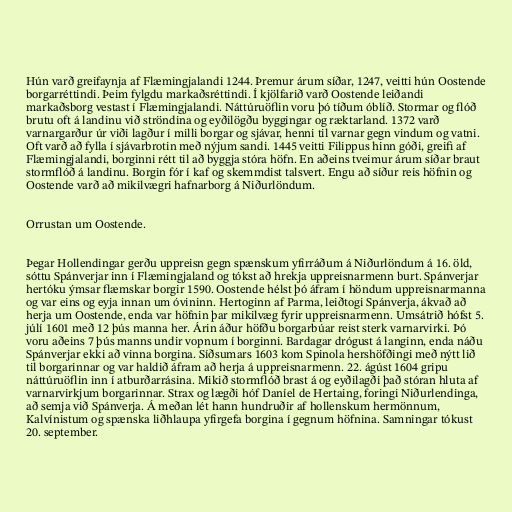
Hún varð greifaynja af Flæmingjalandi 1244. Þremur árum síðar, 1247, veitti hún Oostende
borgarréttindi. Þeim fylgdu markaðsréttindi. Í kjölfarið varð Oostende leiðandi
markaðsborg vestast í Flæmingjalandi. Náttúruöflin voru þó tíðum óblíð. Stormar og flóð
brutu oft á landinu við ströndina og eyðilögðu byggingar og ræktarland. 1372 varð
varnargarður úr viði lagður í milli borgar og sjávar, henni til varnar gegn vindum og vatni.
Oft varð að fylla í sjávarbrotin með nýjum sandi. 1445 veitti Filippus hinn góði, greifi af
Flæmingjalandi, borginni rétt til að byggja stóra höfn. En aðeins tveimur árum síðar braut
stormflóð á landinu. Borgin fór í kaf og skemmdist talsvert. Engu að síður reis höfnin og
Oostende varð að mikilvægri hafnarborg á Niðurlöndum.

Orrustan um Oostende.

Þegar Hollendingar gerðu uppreisn gegn spænskum yfirráðum á Niðurlöndum á 16. öld,
sóttu Spánverjar inn í Flæmingjaland og tókst að hrekja uppreisnarmenn burt. Spánverjar
hertóku ýmsar flæmskar borgir 1590. Oostende hélst þó áfram í höndum uppreisnarmanna
og var eins og eyja innan um óvininn. Hertoginn af Parma, leiðtogi Spánverja, ákvað að
herja um Oostende, enda var höfnin þar mikilvæg fyrir uppreisnarmenn. Umsátrið hófst 5.
júlí 1601 með 12 þús manna her. Árin áður höfðu borgarbúar reist sterk varnarvirki. Þó
voru aðeins 7 þús manns undir vopnum í borginni. Bardagar drógust á langinn, enda náðu
Spánverjar ekki að vinna borgina. Síðsumars 1603 kom Spinola hershöfðingi með nýtt lið
til borgarinnar og var haldið áfram að herja á uppreisnarmenn. 22. ágúst 1604 gripu
náttúruöflin inn í atburðarrásina. Mikið stormflóð brast á og eyðilagði það stóran hluta af
varnarvirkjum borgarinnar. Strax og lægði hóf Daníel de Hertaing, foringi Niðurlendinga,
að semja við Spánverja. Á meðan lét hann hundruðir af hollenskum hermönnum,
Kalvínistum og spænska liðhlaupa yfirgefa borgina í gegnum höfnina. Samningar tókust
20. september.